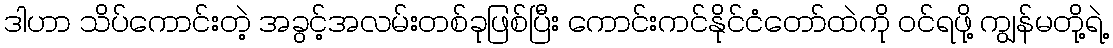
ဒါဟာ သိပ်ကောင်းတဲ့ အခွင့်အလမ်းတစ်ခုဖြစ်ပြီး ကောင်းကင်နိုင်ငံတော်ထဲကို ဝင်ရဖို့ ကျွန်မတို့ရဲ့